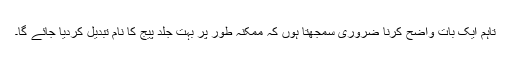
تاہم ایک بات واضح کرنا ضروری سمجھتا ہوں کہ ممکنہ طور پر بہت جلد پیج کا نام تبدیل کردیا جائے گا۔